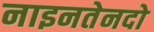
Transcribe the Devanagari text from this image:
नाइनतेनदो